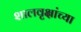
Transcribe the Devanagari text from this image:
शालवृक्षांच्या